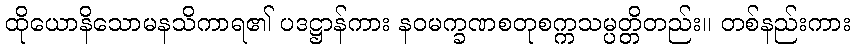
ထိုယောနိသောမနသိကာရ၏ ပဒဋ္ဌာန်ကား နဝမက္ခဏစတုစက္ကသမ္ပတ္တိတည်း။ တစ်နည်းကား